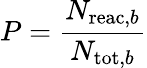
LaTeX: P=\frac{N_{\mathrm{reac,}b}}{N_{\mathrm{tot,}b}}